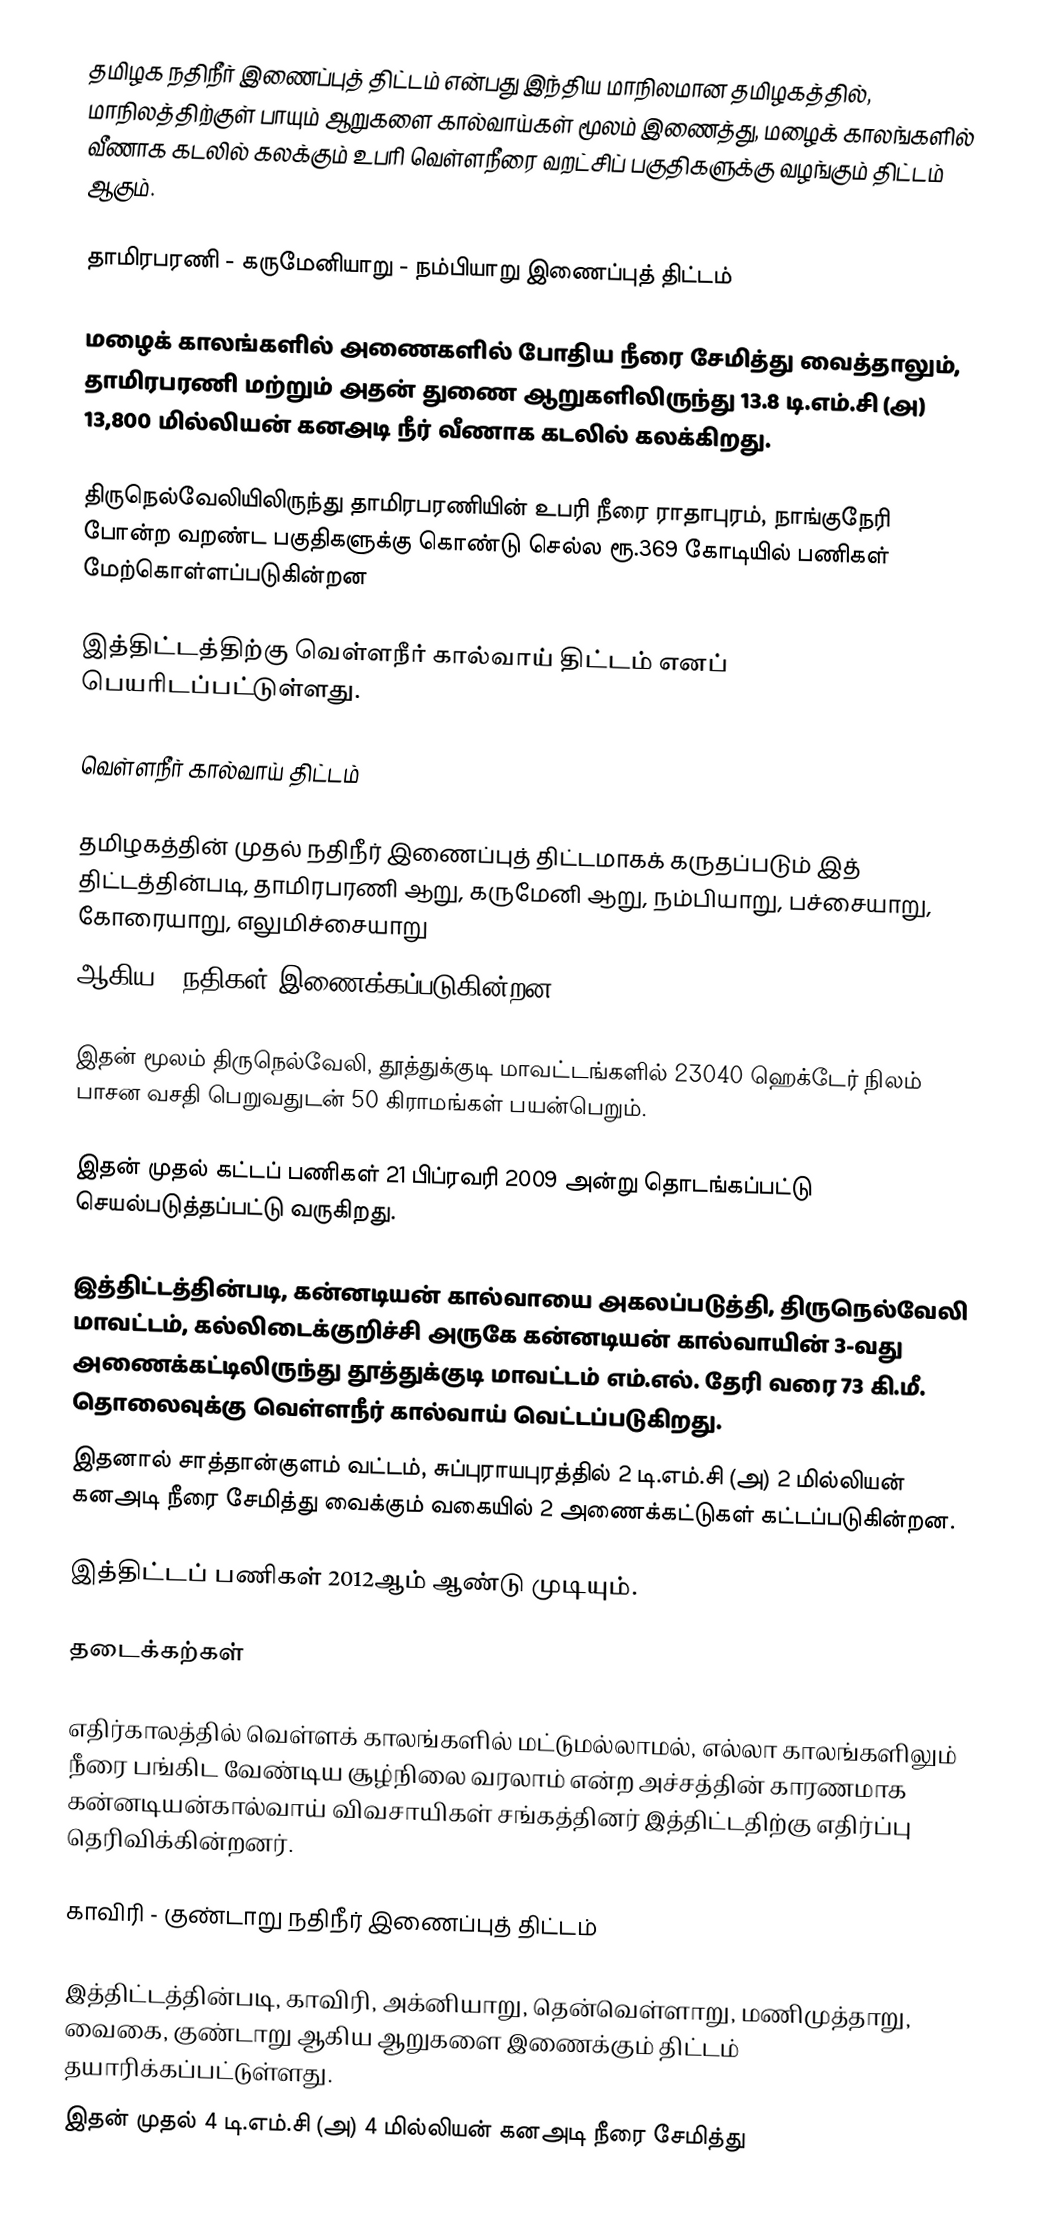
தமிழக நதிநீர் இணைப்புத் திட்டம் என்பது இந்திய மாநிலமான தமிழகத்தில், மாநிலத்திற்குள் பாயும் ஆறுகளை கால்வாய்கள் மூலம் இணைத்து, மழைக் காலங்களில் வீணாக கடலில் கலக்கும் உபரி வெள்ளநீரை வறட்சிப் பகுதிகளுக்கு வழங்கும் திட்டம் ஆகும்.

தாமிரபரணி - கருமேனியாறு - நம்பியாறு இணைப்புத் திட்டம்

மழைக் காலங்களில் அணைகளில் போதிய நீரை சேமித்து வைத்தாலும், தாமிரபரணி மற்றும் அதன் துணை ஆறுகளிலிருந்து 13.8 டி.எம்.சி (அ) 13,800 மில்லியன் கனஅடி நீர் வீணாக கடலில் கலக்கிறது.

திருநெல்வேலியிலிருந்து தாமிரபரணியின் உபரி நீரை ராதாபுரம், நாங்குநேரி போன்ற வறண்ட பகுதிகளுக்கு கொண்டு செல்ல ரூ.369 கோடியில் பணிகள் மேற்கொள்ளப்படுகின்றன

இத்திட்டத்திற்கு வெள்ளநீர் கால்வாய் திட்டம் எனப் பெயரிடப்பட்டுள்ளது.

வெள்ளநீர் கால்வாய் திட்டம்

தமிழகத்தின் முதல் நதிநீர் இணைப்புத் திட்டமாகக் கருதப்படும் இத் திட்டத்தின்படி, தாமிரபரணி ஆறு, கருமேனி ஆறு, நம்பியாறு, பச்சையாறு, கோரையாறு, எலுமிச்சையாறு
ஆகிய 6 நதிகள் இணைக்கப்படுகின்றன.

இதன் மூலம் திருநெல்வேலி, தூத்துக்குடி மாவட்டங்களில்  23040 ஹெக்டேர் நிலம் பாசன வசதி பெறுவதுடன் 50 கிராமங்கள் பயன்பெறும்.

இதன் முதல் கட்டப் பணிகள் 21 பிப்ரவரி 2009 அன்று தொடங்கப்பட்டு செயல்படுத்தப்பட்டு வருகிறது.

இத்திட்டத்தின்படி, கன்னடியன் கால்வாயை அகலப்படுத்தி, திருநெல்வேலி மாவட்டம், கல்லிடைக்குறிச்சி அருகே கன்னடியன் கால்வாயின் 3-வது அணைக்கட்டிலிருந்து தூத்துக்குடி மாவட்டம் எம்.எல். தேரி வரை 73 கி.மீ. தொலைவுக்கு வெள்ளநீர் கால்வாய் வெட்டப்படுகிறது.
இதனால் சாத்தான்குளம் வட்டம், சுப்புராயபுரத்தில் 2 டி.எம்.சி (அ) 2 மில்லியன் கனஅடி நீரை சேமித்து வைக்கும் வகையில் 2 அணைக்கட்டுகள் கட்டப்படுகின்றன.

இத்திட்டப் பணிகள் 2012ஆம் ஆண்டு முடியும்.

தடைக்கற்கள்

எதிர்காலத்தில் வெள்ளக் காலங்களில் மட்டுமல்லாமல், எல்லா காலங்களிலும் நீரை பங்கிட வேண்டிய சூழ்நிலை வரலாம் என்ற அச்சத்தின் காரணமாக கன்னடியன்கால்வாய் விவசாயிகள் சங்கத்தினர் இத்திட்டதிற்கு எதிர்ப்பு தெரிவிக்கின்றனர்.

காவிரி - குண்டாறு நதிநீர் இணைப்புத் திட்டம்

இத்திட்டத்தின்படி, காவிரி, அக்னியாறு, தென்வெள்ளாறு, மணிமுத்தாறு, வைகை, குண்டாறு ஆகிய ஆறுகளை இணைக்கும் திட்டம் தயாரிக்கப்பட்டுள்ளது.
இதன் முதல் 4 டி.எம்.சி (அ) 4 மில்லியன் கனஅடி நீரை சேமித்து